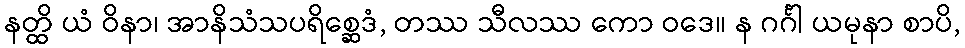
နတ္ထိ ယံ ဝိနာ၊ အာနိသံသပရိစ္ဆေဒံ, တဿ သီလဿ ကော ဝဒေ။ န ဂင်္ဂါ ယမုနာ စာပိ,